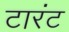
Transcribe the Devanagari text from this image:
टारंट